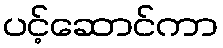
ပင့်ဆောင်ကာ